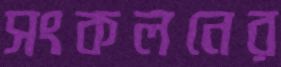
সংকলনের